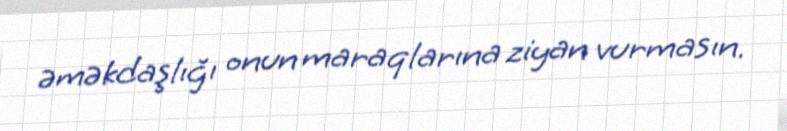
əməkdaşlığı onun maraqlarına ziyan vurmasın.